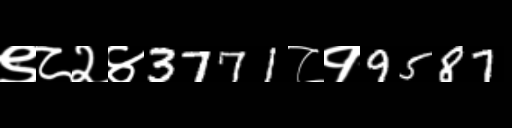
Text: ९८२४3771८१9587